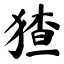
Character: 猹